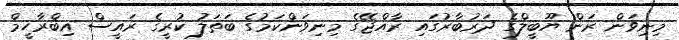
މިނިވަން ރަން ޔޫބީލްގެ ދަރުބާރުގައި ރާއްޖޭގެ މިނިވަންކަމުގެ ބަތަލު ކުރީގެ ރައީސް އިބްރާހީމް